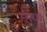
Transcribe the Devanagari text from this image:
म्‍हणू